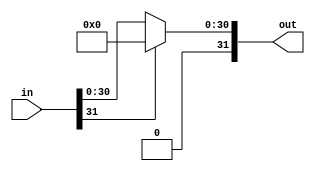
module Relu # (parameter DATA_WIDTH = 32)
		(in,out);
	input [DATA_WIDTH -1 :0] in;
	output [DATA_WIDTH -1 :0] out;

	assign out = (in[DATA_WIDTH -1])?0:in; // in < 0, out = 0, in > 0, out = in
	

endmodule